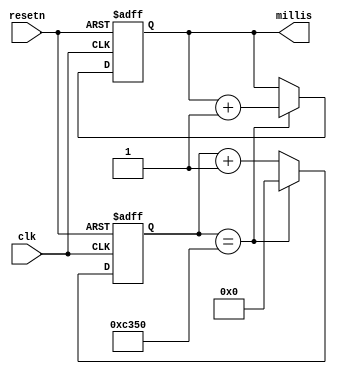
/*
 * Millisecond counter for the Nexys4 DDR board running at 50 MHz
 *
 * 17 March 2017
 */

module mfp_ahb_milliscounter(
                             input              clk,
                             input              resetn,
                             output reg [31:0]  millis);

  reg [15:0] cnt;

  always @(posedge clk, negedge resetn)
    if (~resetn) begin
      cnt <= 16'b0;
      millis <= 32'b0;
    end
    else begin 
      if (cnt == 16'd50000) begin
        cnt <= 16'b0;
        millis <= millis + 1;
      end 
      else
        cnt <= cnt + 1;
    end

endmodule